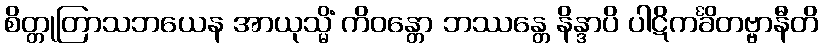
စိတ္တုတြာသဘယေန အာယုသ္မိံ ကိဝန္တော ဘဿန္တေ နိန္ဒာပိ ပါဋိကင်္ခိတဗ္ဗာနီတိ